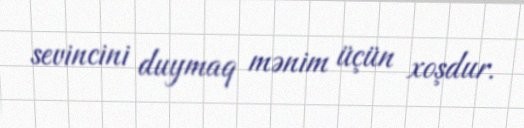
sevincini duymaq mənim üçün xoşdur.